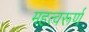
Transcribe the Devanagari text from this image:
महत्वरूर्ण